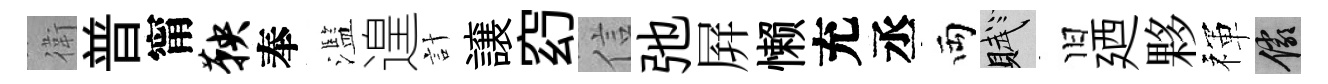
衛普甯鞅奉濫遑計譲𥥆信弛屛懒充丞両賦旧廼夥禈儼